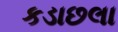
કડાછલા